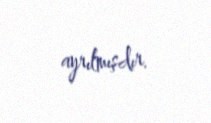
ayrılmışdır.